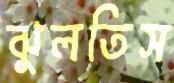
ঝুলতিস